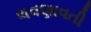
લવણાવતી